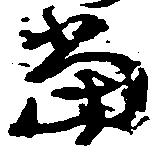
当